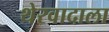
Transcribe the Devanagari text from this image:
थेरवादाला